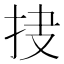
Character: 𱟰